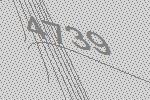
4739